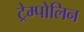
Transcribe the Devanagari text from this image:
ट्रेम्पोलिन